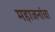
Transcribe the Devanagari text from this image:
महाजनांचा